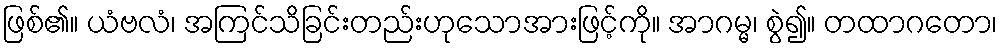
ဖြစ်၏။ ယံဗလံ၊ အကြင်သိခြင်းတည်းဟုသောအားဖြင့်ကို။ အာဂမ္မ၊ စွဲ၍။ တထာဂတော၊